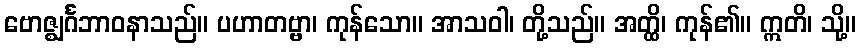
ဗောဇ္ဈင်္ဂဘာဝနာသည်။ ပဟာတဗ္ဗာ၊ ကုန်သော။ အာသဝါ၊ တို့သည်။ အတ္ထိ၊ ကုန်၏။ ဣတိ၊ သို့။